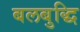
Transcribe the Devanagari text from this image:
बलबुद्धि